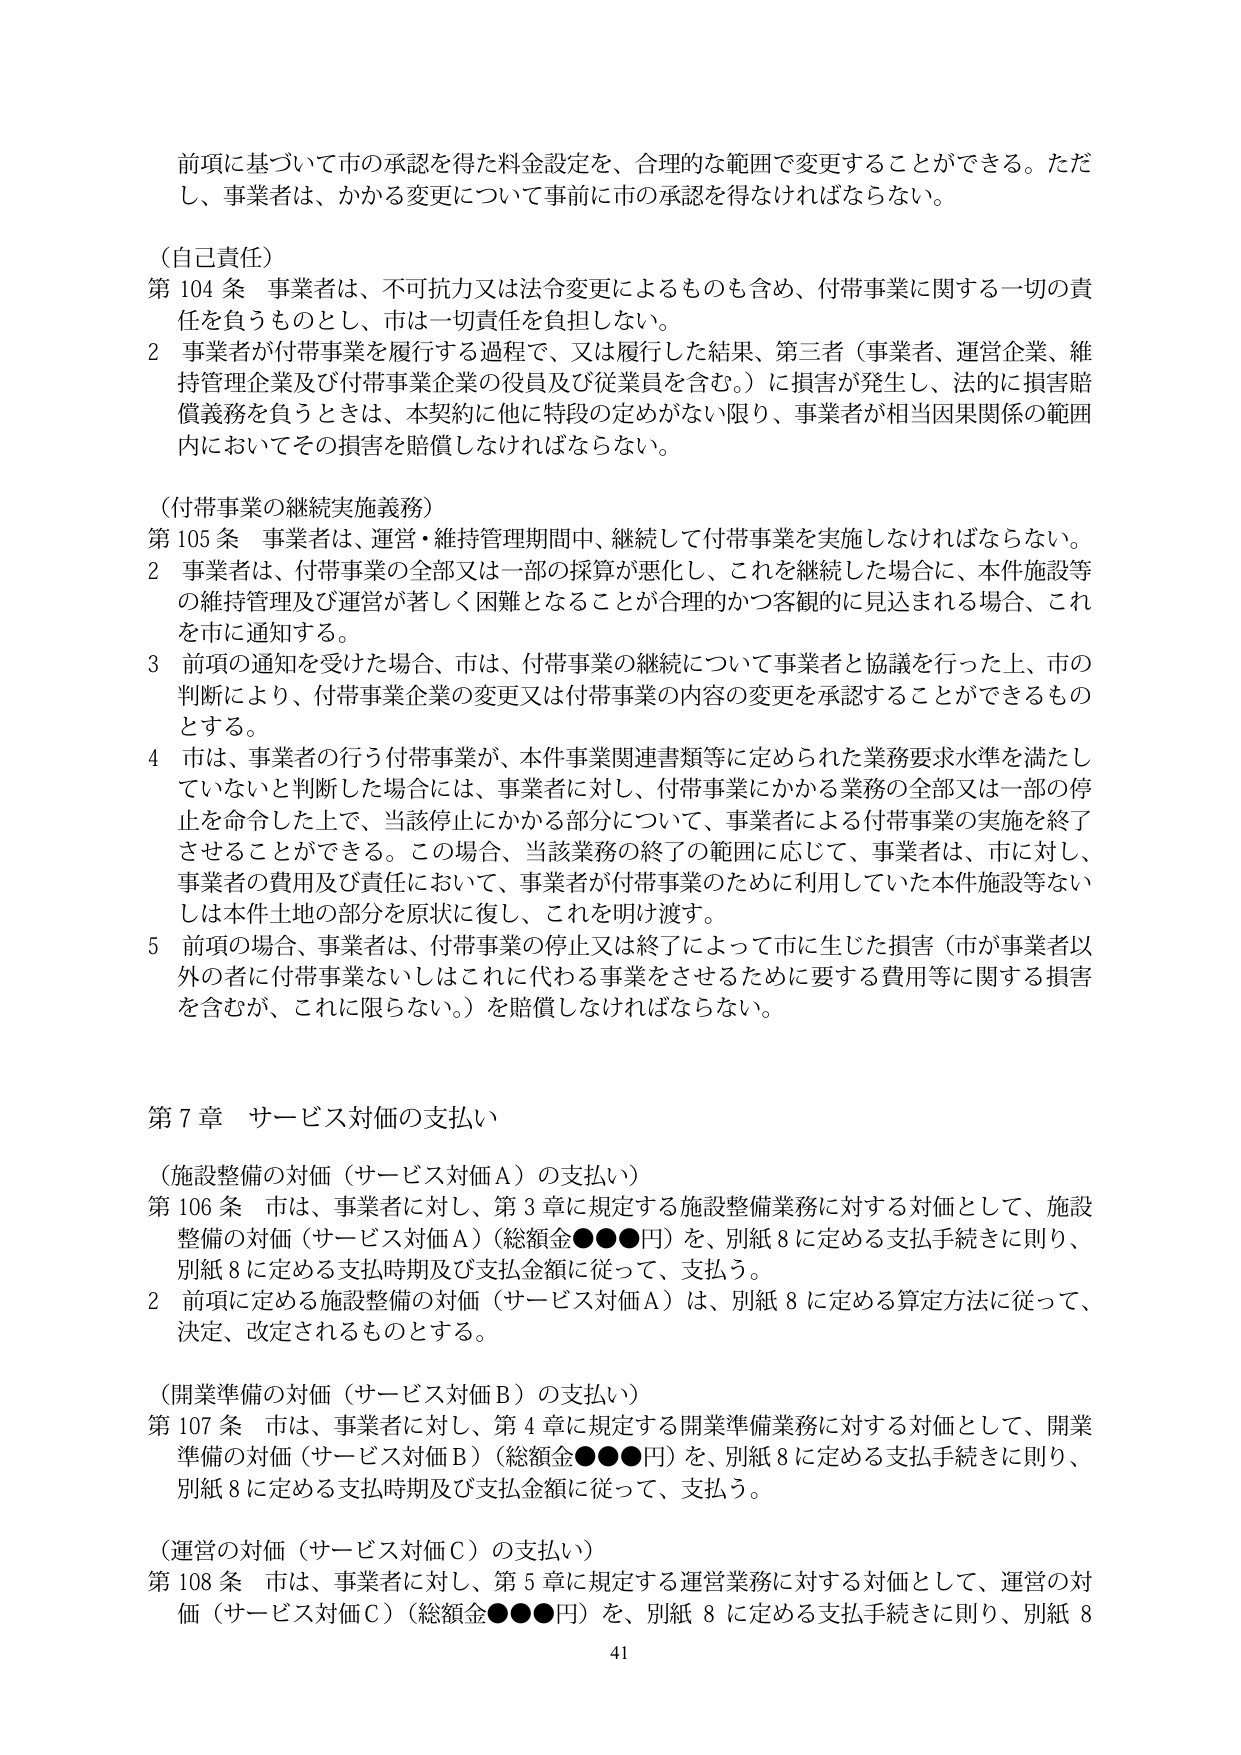
前項に基づいて市の承認を得た料金設定を、合理的な範囲で変更することができる。ただし、事業者は、かかる変更について事前に市の承認を得なければならない。

（自己責任）
第104条 事業者は、不可抗力又は法令変更によるものも含め、付帯事業に関する一切の責任を負うものとし、市は一切責任を負担しない。
2 事業者が付帯事業を履行する過程で、又は履行した結果、第三者（事業者、運営企業、維持管理企業及び付帯事業企業の役員及び従業員を含む。）に損害が発生し、法的に損害賠償義務を負うときは、本契約に他に特段の定めがない限り、事業者が相当因果関係の範囲内においてその損害を賠償しなければならない。

（付帯事業の継続実施義務）
第105条 事業者は、運営・維持管理期間中、継続して付帯事業を実施しなければならない。
2 事業者は、付帯事業の全部又は一部の採算が悪化し、これを継続した場合に、本件施設等の維持管理及び運営が著しく困難となることが合理的かつ客観的に見込まれる場合、これを市に通知する。
3 前項の通知を受けた場合、市は、付帯事業の継続について事業者と協議を行った上、市の判断により、付帯事業企業の変更又は付帯事業の内容の変更を承認することができるものとする。
4 市は、事業者の行う付帯事業が、本件事業関連書類等に定められた業務要求水準を満たしていないと判断した場合には、事業者に対し、付帯事業にかかる業務の全部又は一部の停止を命令した上で、当該停止にかかる部分について、事業者による付帯事業の実施を終了させることができる。この場合、当該業務の終了の範囲に応じて、事業者は、市に対し、事業者の費用及び責任において、事業者が付帯事業のために利用していた本件施設等ないしは本件土地の部分を原状に復し、これを明け渡す。
5 前項の場合、事業者は、付帯事業の停止又は終了によって市に生じた損害（市が事業者以外の者に付帯事業ないしはこれに代わる事業をさせるために要する費用等に関する損害を含むが、これに限らない。）を賠償しなければならない。

第7章 サービス対価の支払い

（施設整備の対価（サービス対価A）の支払い）
第106条 市は、事業者に対し、第3章に規定する施設整備業務に対する対価として、施設整備の対価（サービス対価A）（総額金●●●円）を、別紙8に定める支払手続きに則り、別紙8に定める支払時期及び支払金額に従って、支払う。
2 前項に定める施設整備の対価（サービス対価A）は、別紙8に定める算定方法に従って、決定、改定されるものとする。

（開業準備の対価（サービス対価B）の支払い）
第107条 市は、事業者に対し、第4章に規定する開業準備業務に対する対価として、開業準備の対価（サービス対価B）（総額金●●●円）を、別紙8に定める支払手続きに則り、別紙8に定める支払時期及び支払金額に従って、支払う。

（運営の対価（サービス対価C）の支払い）
第108条 市は、事業者に対し、第5章に規定する運営業務に対する対価として、運営の対価（サービス対価C）（総額金●●●円）を、別紙8に定める支払手続きに則り、別紙8

41